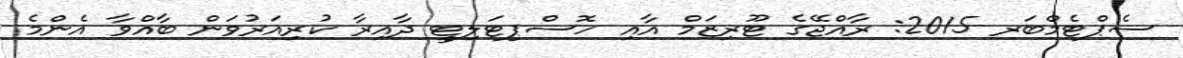
ސެޕްޓެމްބަރ 2015: ރާއްޖޭގެ ޓޫރިޒަމް އާއި ހޮސްޕިޓަލިޓީ ދާއިރާ ކުރިއަރުވަން ބާއްވާ އެންމެ